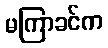
မကြာခင်က